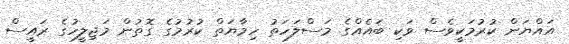
އައްޔަން ކުރުމަކީވެސް ވަކި ބައެއްގެ މަސްލަހަތު ހިމާޔަތް ކުރުމުގެ ގޮތުން މަޖިލީހުގެ ރައީސް